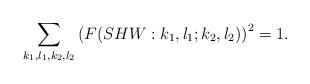
LaTeX: \begin{align*}\sum_{k_1,l_1,k_2,l_2} \left( F(SHW:k_1,l_1;k_2,l_2) \right)^2 = 1.\end{align*}